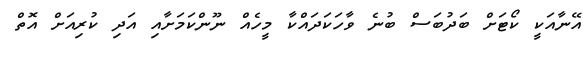
އޭނާއަކީ ކޯޓަށް ބަދުބަސް ބުނެ ވާހަކަދައްކާ މީހެއް ނޫންކަމަށާއި އަދި ކުރިއަށް އޮތް